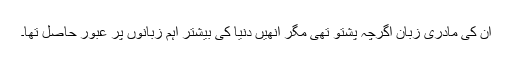
ان کی مادری زبان اگرچہ پشتو تھی مگر انھیں دنیا کی بیشتر اہم زبانوں پر عبور حاصل تھا۔